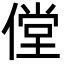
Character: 㑽